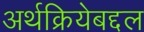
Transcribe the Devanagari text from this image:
अर्थक्रियेबद्दल